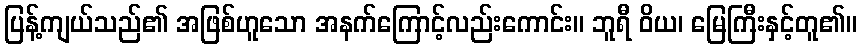
ပြန့်ကျယ်သည်၏ အဖြစ်ဟူသော အနက်ကြောင့်လည်းကောင်း။ ဘူရီ ဝိယ၊ မြေကြီးနှင့်တူ၏။